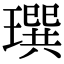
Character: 𤩄